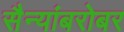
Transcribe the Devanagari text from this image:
सैन्यांबरोबर